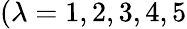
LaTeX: (\lambda=1,2,3,4,5